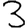
Digit: 3